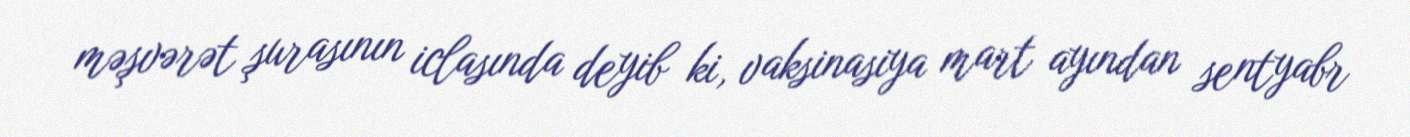
məşvərət şurasının iclasında deyib ki, vaksinasiya mart ayından sentyabr